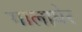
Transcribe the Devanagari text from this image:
गालाघेर